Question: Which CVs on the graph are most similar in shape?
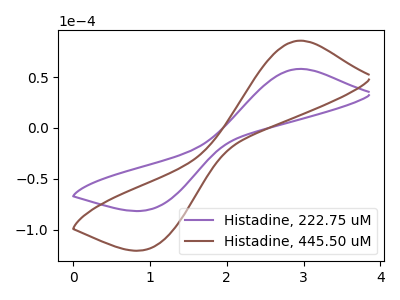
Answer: <think>The purple curve "Histadine, 222.75 uM" has an anodic peak at (2.95V, 58.05uA) and a cathodic peak at (1.00V, -79.80uA). The brown curve "Histadine, 445.50 uM" has an anodic peak at (2.95V, 85.75uA) and a cathodic peak at (1.00V, -117.90uA).
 All the peaks in "Histadine, 222.75 uM" have a peak in "Histadine, 445.50 uM" at the same potential. Every peak in "Histadine, 222.75 uM" is lower than every peak in "Histadine, 445.50 uM".</think>
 <answer>"Histadine, 222.75 uM" and "Histadine, 445.50 uM" have the same shape and are likely CV's of the same chemical.</answer>
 <eval>"Histadine, 222.75 uM" "Histadine, 445.50 uM"</eval>